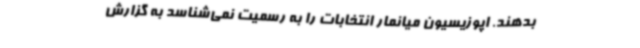
بدهند. اپوزیسیون میانمار انتخابات را به رسمیت نمی‌شناسد به گزارش